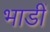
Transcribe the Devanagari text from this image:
भाडीं